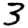
Digit: 3